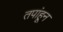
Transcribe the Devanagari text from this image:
तपांहून